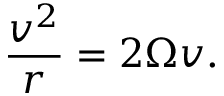
\frac { v ^ { 2 } } { r } = 2 \Omega v .